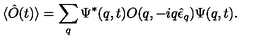
\langle \hat { O } ( t ) \rangle = \sum _ { q } \Psi ^ { * } ( q , t ) O ( q , - i q \hat { \epsilon } _ { q } ) \Psi ( q , t ) .